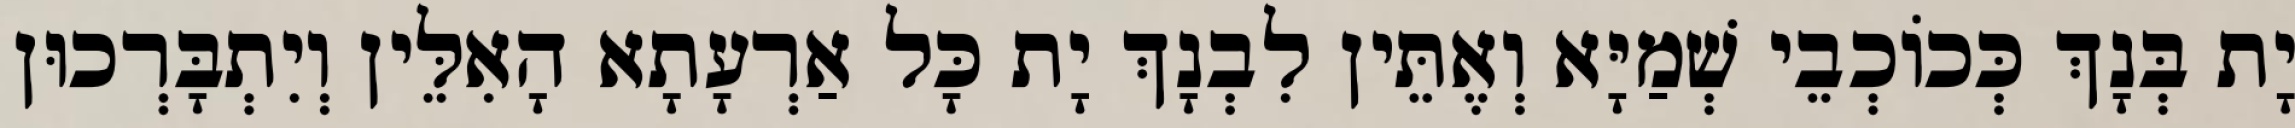
יָת בְּנָךְ כְּכוֹכְבֵי שְׁמַיָּא וְאֶתֵּין לִבְנָךְ יָת כָּל אַרְעָתָא הָאִלֵּין וְיִתְבָּרְכוּן